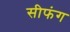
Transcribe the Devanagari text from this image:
सीफंग